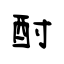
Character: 酎